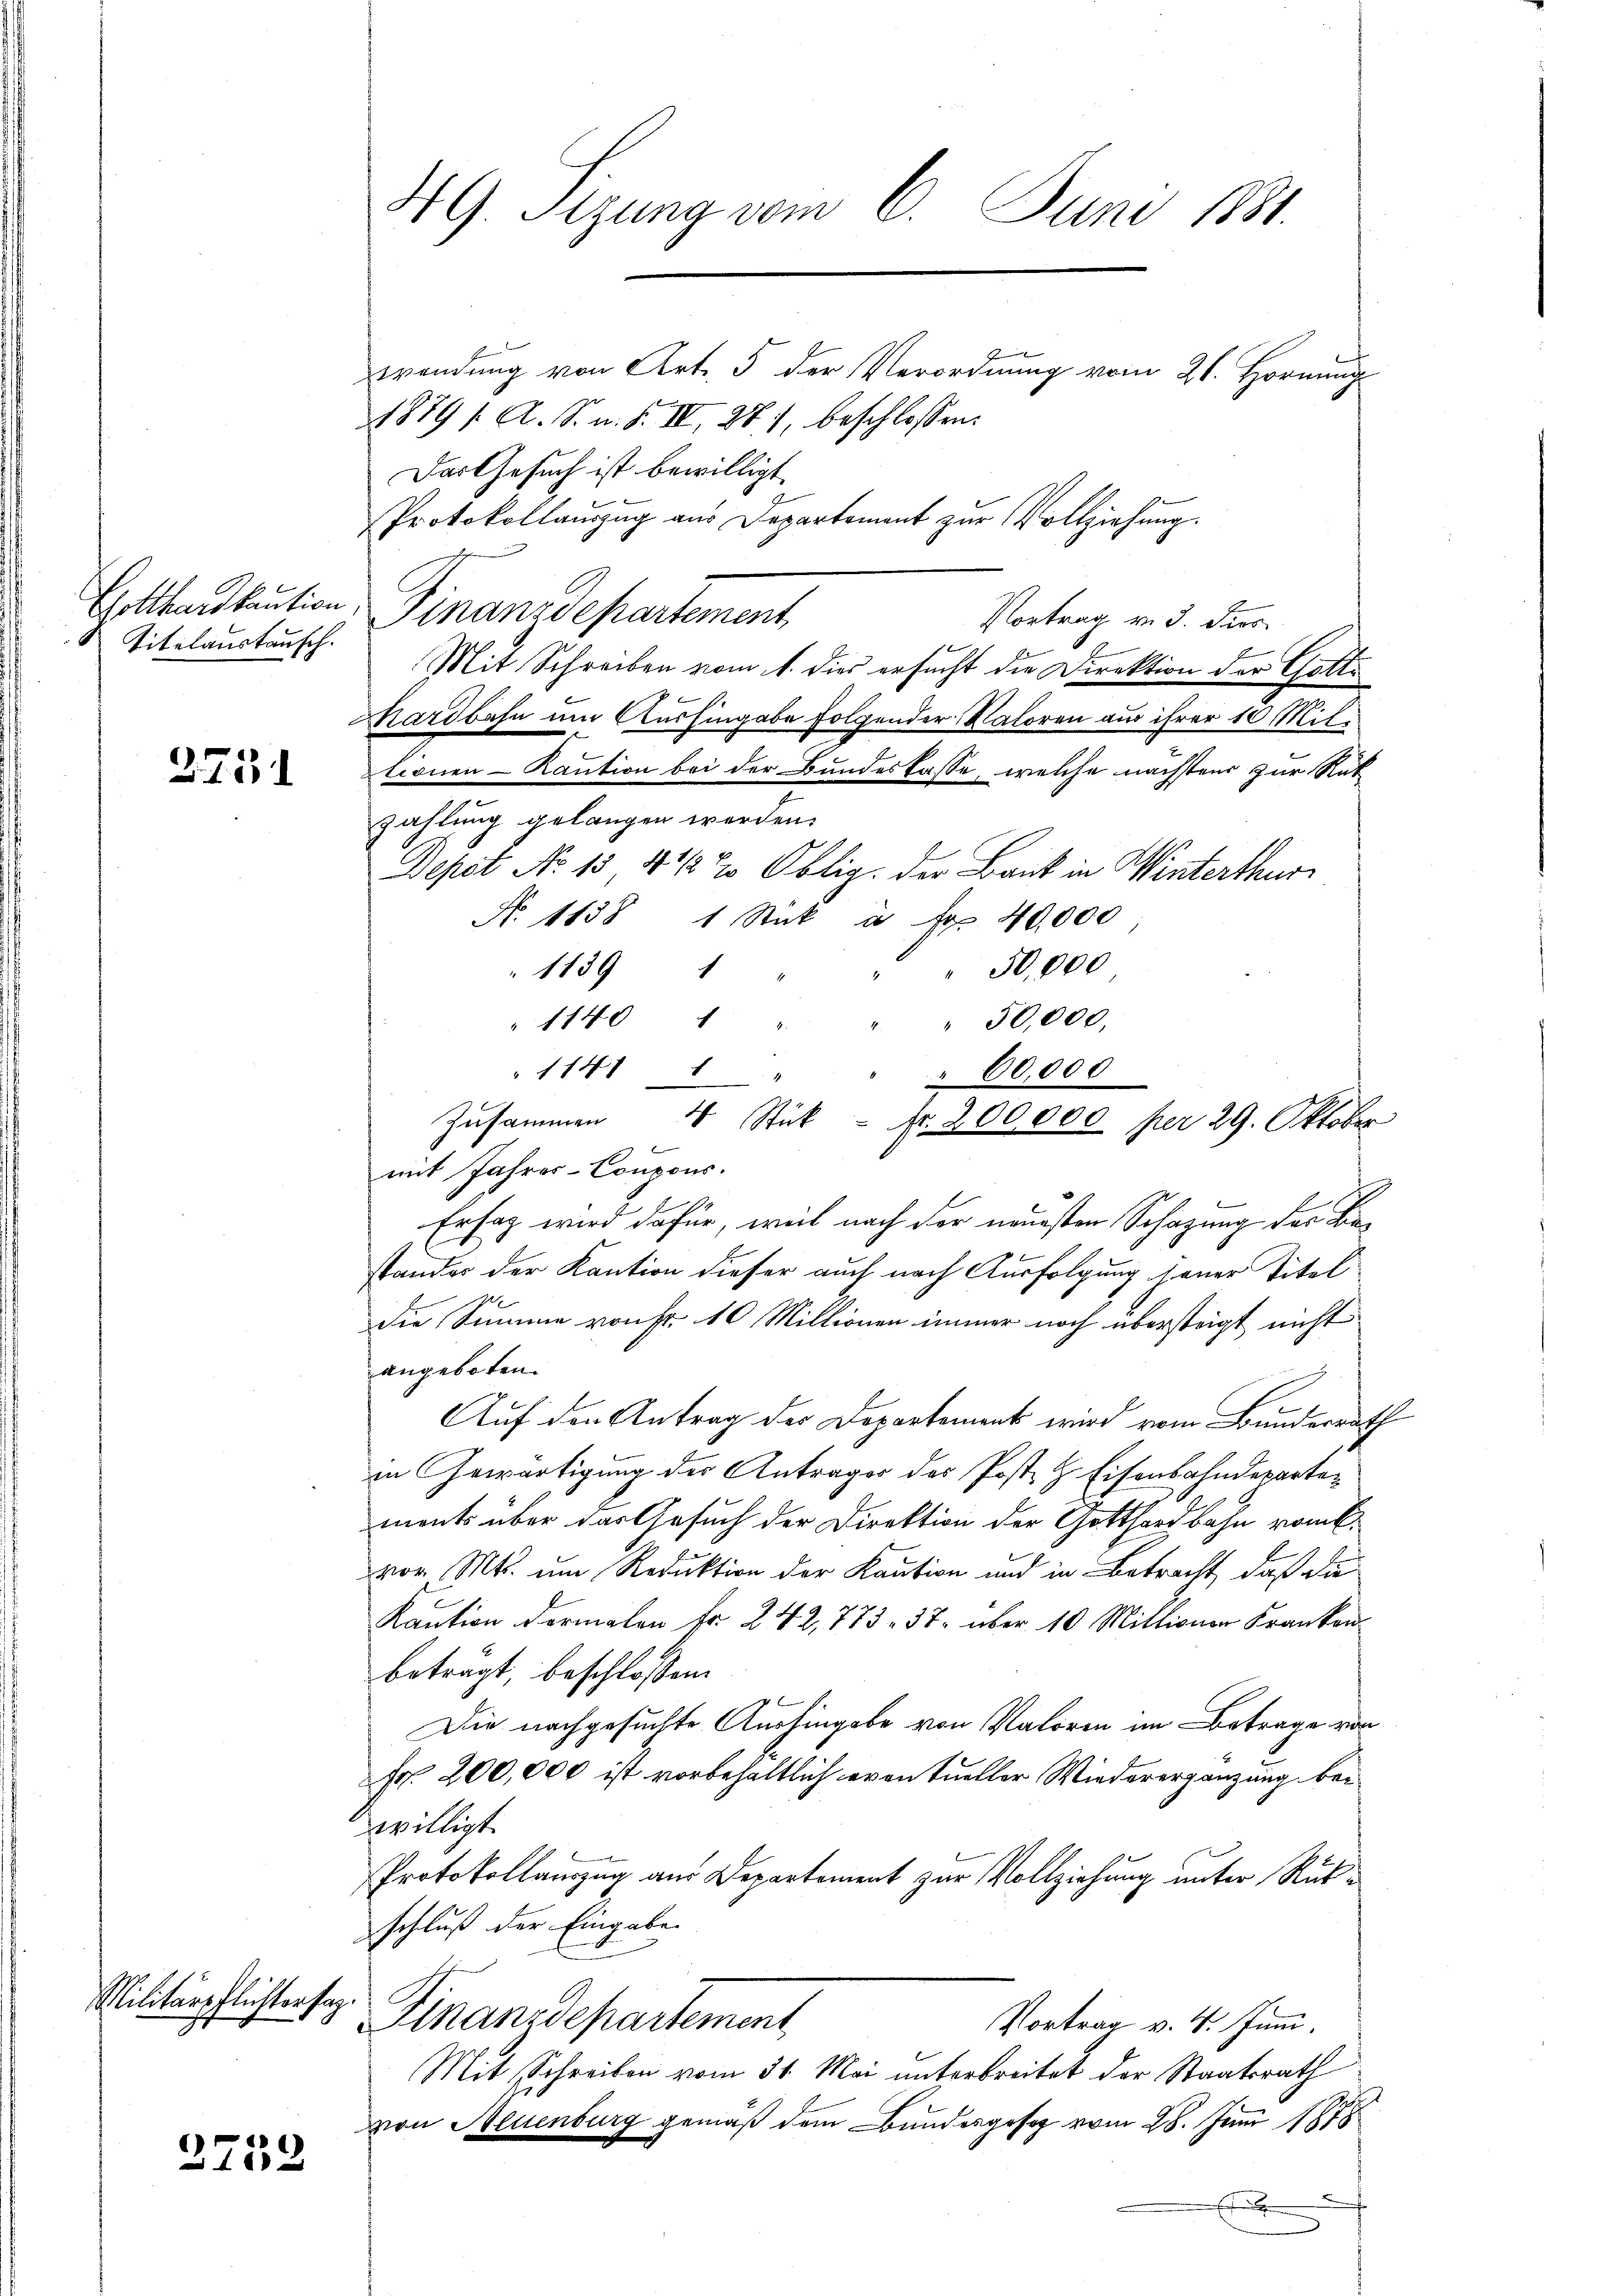
Titalanstausch.

2751

wendŭng von Art. 5 der Verordnŭng vom 21. Hornŭng
1879 / A. S. n. F. IV, 271, beschlossen:
Das Gesuch ist bewilligt
Protokollaŭszŭg aŭs Departement zŭr Vollziehŭng.
Gotthardkaution Finanzdepartement,
Vortrag v. 3. Dies
Mit Schreiben vom 1. dies ersucht die Direktion der Gatti
.
Mardbahn um Aushingabe folgender Natoren aus ihrer 10 Miltionen Kaution bei der Bundeskasse, welche nächstens zur Rat
zahlung gelangen werden.
Depot No. 13 4 1/2 % Oblig. Der Bank in Winterthur
N. 1138 1 Stuk à Fr. 40,000
" 50,000
 1139 1
.
114 " " " " 30,000.
" 1141 f
mit Jahres-Coupons.
Ersatz wird dafür, weil nach der neuesten Schazung des Bestandes der Kaution dieser auch nach Ausfolgung jener Titel
die Summe von Fr. 10 Millionen immer noch übersteigt nicht
angeboten.
Auf den Antrag der Departement wird vom Bunderrath
in Gewärtigung der Antrages der Post- & Eisenbahndepartements über das Gesuch der Direktion der Gotthardbahn romt.
vor. Mts. um Reduktion der Kaution und in Betracht, daß die
Kaution dermalen Fr. 242, 773. 37. über 10 Millionar Frankonbetragt, beschlossen:

Die nachgesuchte Aushingabe von Valoren im Betrage von
Fr. 200,000 ist vorbehaltlich eventueller Wiederergänzung bei
willigt.
Protokollauszug aus Departement zur Vollziehung unter Rükschluß der Eingabe
Finanzdepartement
Vortrag v. 4. Juni.
Mit Schreiben vom 31. Mai unterbreitet der Staatsrath
von Neuenburg gemäß dem Bundesgesez vom 28. Juni 1878
.
8

Militärpflichtersag.

)
6)
xx

49 Sizung vom 6. Juni 1881.

" " 60,000
Zusammen 4 Stück - fr. 200,000 per 29. Oktober